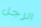
الرجل